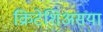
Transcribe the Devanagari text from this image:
क्रिटेशिअसया